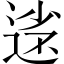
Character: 𡮗